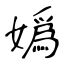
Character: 嬀